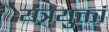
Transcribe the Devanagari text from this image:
यंत्रयुक्तां